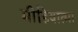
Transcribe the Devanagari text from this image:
मीडियात्मा